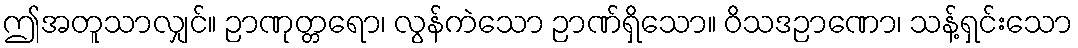
ဤအတူသာလျှင်။ ဉာဏုတ္တရော၊ လွန်ကဲသော ဉာဏ်ရှိသော။ ဝိသဒဉာဏော၊ သန့်ရှင်းသော